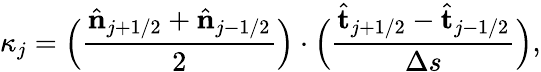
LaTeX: \kappa_{j}=\Big(\frac{\hat{\mathbf{n}}_{j+1/2}+\hat{\mathbf{n}}_{j-1/2}}{2}\Big)\cdot\Big(\frac{\hat{\mathbf{t}}_{j+1/2}-\hat{\mathbf{t}}_{j-1/2}}{\Delta s}\Big),